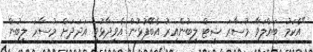
"އެކަމު ބައްލަވާ މުސާރަ ޝީޓް ލިބުންއިރު އެބޭފުޅުން އެވިދާޅުވި އަދަދަށް މުސާރަ ލިބުން